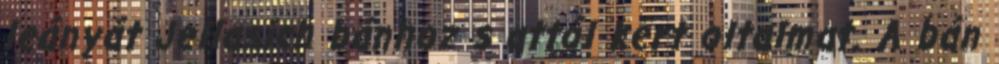
leányát Jellasich bánhoz s attól kért oltalmat. A bán